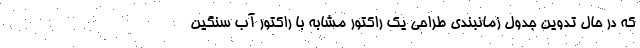
که در حال تدوین جدول زمانبندی طراحی یک راکتور مشابه با راکتور آب سنگین